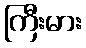
ကြီးမား